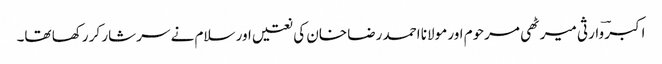
اکبر ؔوارثی میرٹھی مرحوم اور مولانا احمد رضا خان کی نعتیں اور سلام نے سرشار کر رکھا تھا۔